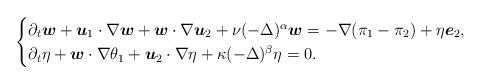
LaTeX: \begin{align*}\begin{cases}\partial_t\boldsymbol w + \boldsymbol u_1\cdot \nabla \boldsymbol w + \boldsymbol w \cdot \nabla \boldsymbol u_2 + \nu(-\Delta)^\alpha \boldsymbol w= -\nabla(\pi_1-\pi_2)+\eta \boldsymbol e_2, \\\partial_t \eta +\boldsymbol w\cdot \nabla \theta_1+ \boldsymbol u_2 \cdot \nabla \eta + \kappa(-\Delta)^{\beta}\eta = 0.\end{cases}\end{align*}